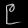
Digit: ၉